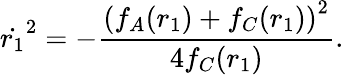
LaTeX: \dot{r_{1}}^{2}=-\frac{\left(f_{A}(r_{1})+f_{C}(r_{1})\right)^{2}}{4f_{C}(r_{1})}.